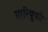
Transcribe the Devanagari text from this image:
मारियुकी